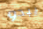
يبدو